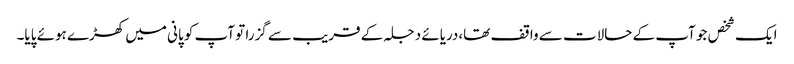
ایک شخص جو آپ کے حالات سے واقف تھا،دریائے دجلہ کے قریب سے گزرا تو آپ کو پانی میں کھڑے ہوئے پایا۔